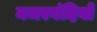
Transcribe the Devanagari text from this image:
नजरबंदियों